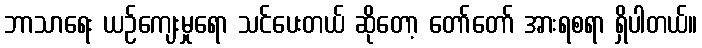
ဘာသာရေး ယဉ်ကျေးမှုရော သင်ပေးတယ် ဆိုတော့ တော်တော် အားရစရာ ရှိပါတယ်။